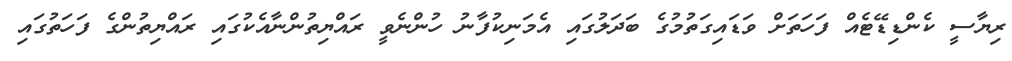
ރިޔާސީ ކެންޑިޑޭޓެއް ފަހަތަށް ވަޑައިގަތުމުގެ ބަދަލުގައި އެމަނިކުފާނު ހުންނެވީ ރައްޔިތުންނާއެކުގައި ރައްޔިތުންގެ ފަހަތުގައި